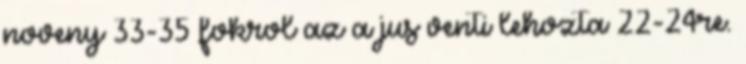
noveny 33-35 fokrol az a jus venti lehozta 22-24re.